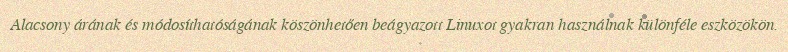
Alacsony árának és módosíthatóságának köszönhetően beágyazott Linuxot gyakran használnak különféle eszközökön.